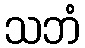
သဘံ